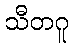
သီတဂူ